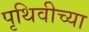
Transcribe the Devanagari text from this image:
पृथिवीच्या